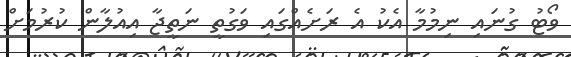
ވޯޓު ގުނައި ނިމުމާ އެކު އެ ރަށެއްގައި ވަގުތީ ނަތީޖާ އިއުލާން ކުރުމަަށް